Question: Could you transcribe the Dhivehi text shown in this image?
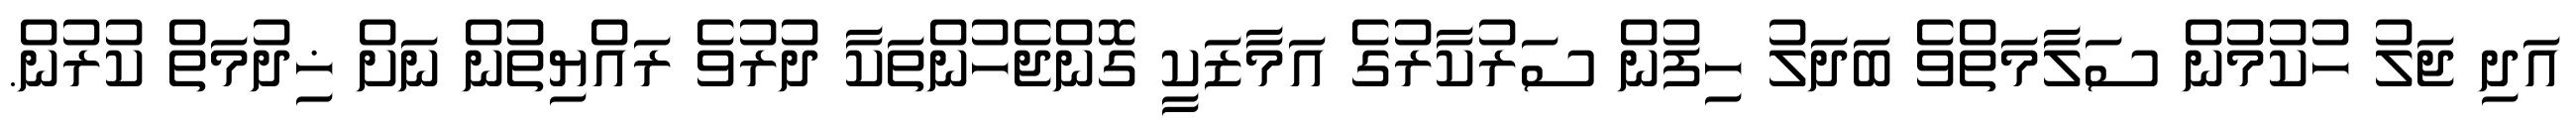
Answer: އަދި ޖަލު ހުކުމުން ސަލާމަތްވެ ބަދަލު ހިފުން ސަރުކާރުގެ އަމާޒަކީ ގޮންޖެހުންތަކާ ދުރުވެ ރައްޔިތުން ނަށް ޚިދުމަތް ކުރުން.